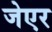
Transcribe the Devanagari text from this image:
जेएर